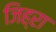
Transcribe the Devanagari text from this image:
जिह्रा